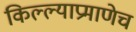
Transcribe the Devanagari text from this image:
किल्ल्याप्रमाणेच